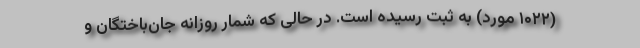
(۱۰۲۲ مورد) به ثبت رسیده است. در حالی که شمار روزانه جان‌باختگان و